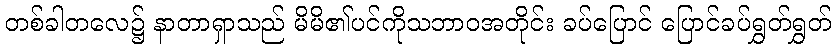
တစ်ခါတလေ၌ နာတာရှာသည် မိမိ၏ပင်ကိုသဘာဝအတိုင်း ခပ်ပြောင် ပြောင်ခပ်ရွှတ်ရွှတ်